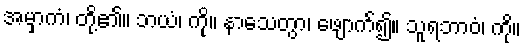
အမှာကံ၊ တို့၏။ ဘယံ၊ ကို။ နာသေတွာ၊ ဖျောက်၍။ သူရဘာဝံ၊ ကို။